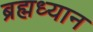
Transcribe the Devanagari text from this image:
ब्रह्मध्यान